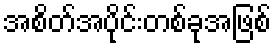
အစိတ်အပိုင်းတစ်ခုအဖြစ်